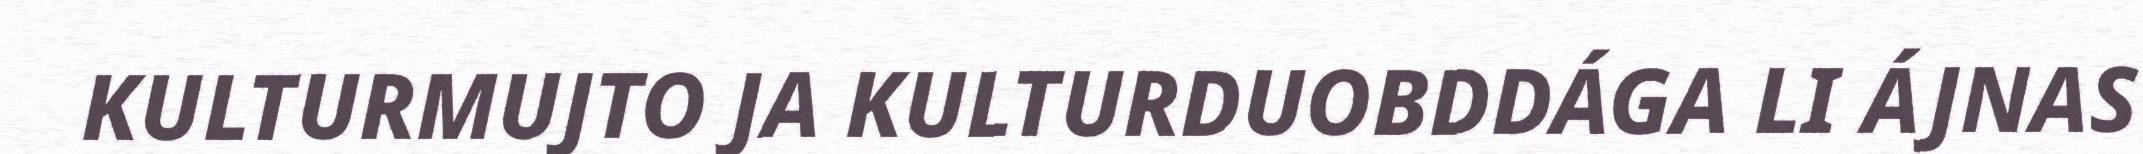
KULTURMUJTO JA KULTURDUOBDDÁGA LI ÁJNAS